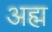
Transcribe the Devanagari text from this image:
अह्म